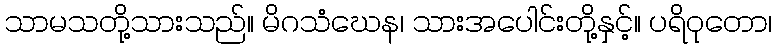
သာမသတို့သားသည်။ မိဂသံဃေန၊ သားအပေါင်းတို့နှင့်။ ပရိဝုတော၊